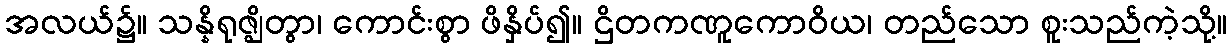
အလယ်၌။ သန္နိရုဇ္ဈိတွာ၊ ကောင်းစွာ ဖိနှိပ်၍။ ဌိတကဏူကောဝိယ၊ တည်သော စူးသည်ကဲ့သို့။